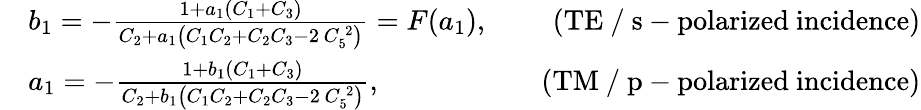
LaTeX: \begin{array}{rlr}&{b_{1}=-\frac{1+a_{1}\left(C_{1}+C_{3}\right)}{C_{2}+a_{1}\left(C_{1}C_{2}+C_{2}C_{3}-2\, C_{5}^{\, 2}\right)}=F(a_{1}),\quad}&{\mathrm{(TE~/~s-polarized~incidence)}}\\ &{a_{1}=-\frac{1+b_{1}\left(C_{1}+C_{3}\right)}{C_{2}+b_{1}\left(C_{1}C_{2}+C_{2}C_{3}-2\, C_{5}^{\, 2}\right)},\quad}&{\mathrm{(TM~/~p-polarized~incidence)}}\end{array}